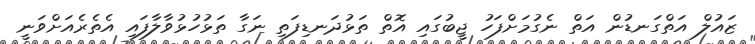
ޒައުލް އަތްގަނޑުން އަތް ނެގުމަށްފަހު ޖީބުގައި އޮތް ތަޅުދަނޑިފަތި ނަގާ ތަޅުހުޅުވާލާފައި އެތެރެއަށްވަނީ